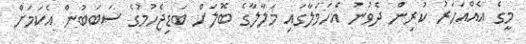
މީގެ އެއްއަހަރު ކުރިން ދެވުނު އެހަމަލާގައި މަލާލާގެ ބޮލަށް ބަޑިޖެހުމުގެ ސަބަބުން އެކަމަށް